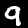
Label: 9